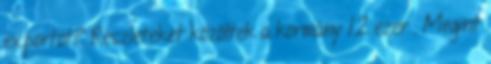
exportot? Részleteket közöltek a kormány 12 ezer . Megint